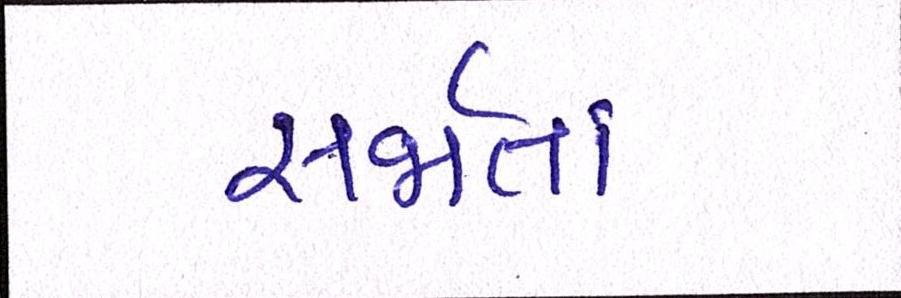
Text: સર્જાતાં